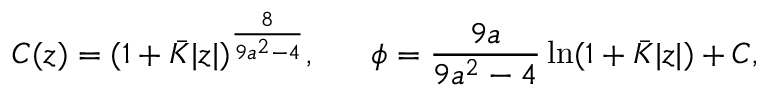
{ \cal C } ( z ) = ( 1 + \bar { K } | z | ) ^ { \frac { 8 } { 9 a ^ { 2 } - 4 } } , \ \ \ \ \ \phi = { \frac { 9 a } { 9 a ^ { 2 } - 4 } } \ln ( 1 + \bar { K } | z | ) + C ,